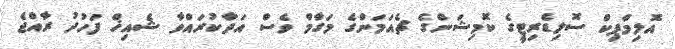
އޮލިމްޕިކް ސޮލިޑެރިޓީގެ ކޮމިޝަންގެ ޗެއަމަންގެ މަގާމް ވެސް އަދާކުރައްވާ ޝެއިޚް ފަހުދު ރާއްޖެ